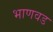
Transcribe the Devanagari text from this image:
भाणवड